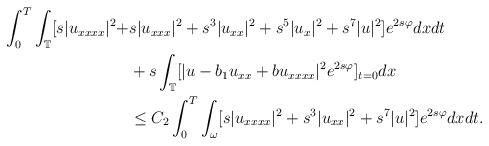
LaTeX: \begin{align*} \int_{0}^{T}\int_{\mathbb{T}}[s|u_{xxxx}|^2+&s|u_{xxx}|^2+s^3|u_{xx}|^2+s^5|u_x|^2+s^7|u|^2]e^{2s\varphi}dxdt\\ &+s\int_{\mathbb{T}}[|u-b_1u_{xx}+bu_{xxxx}|^2e^{2s\varphi}]_{t=0}dx\\ &\leq C_2\int_{0}^{T}\int_{\omega}[s|u_{xxxx}|^2+s^3|u_{xx}|^2+s^7|u|^2]e^{2s\varphi}dxdt.\end{align*}